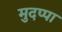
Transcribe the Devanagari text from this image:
मुदप्पा